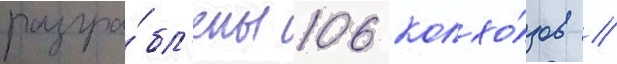
разгра́бл'ены 106 колхо́зов /